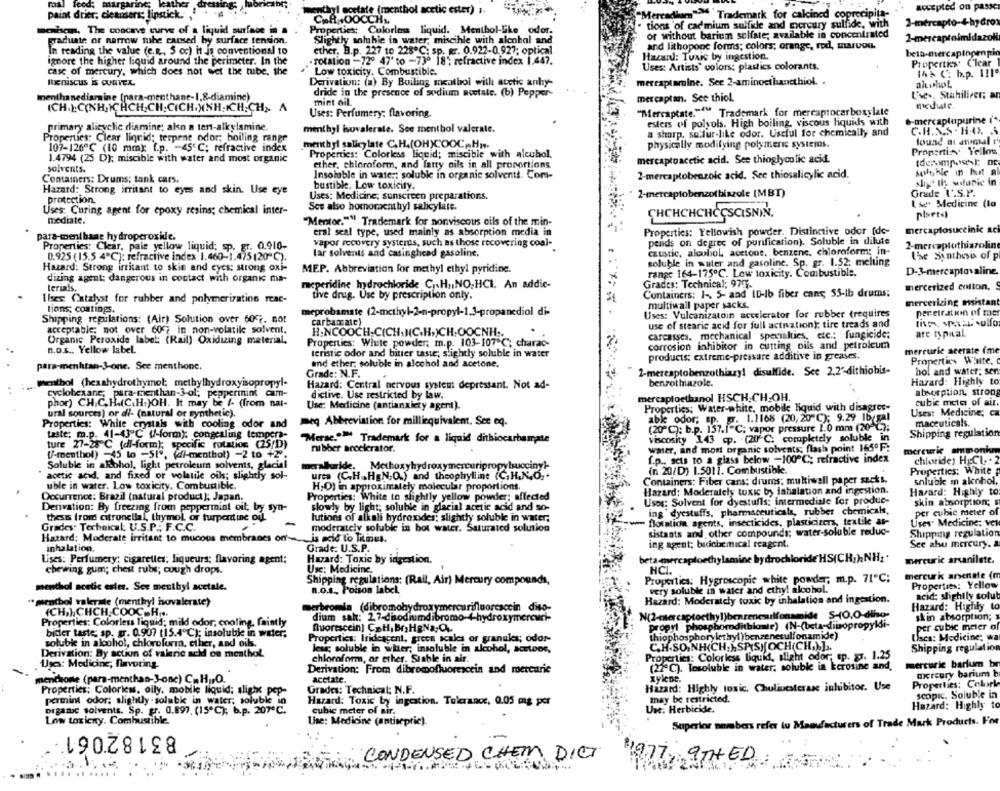
mall feed: margarine
accepted on passe
paint drier; cleansers; lipstick .,
menthyl acetate (menthol acetic ester) ..
"Mercadium"> Trademark for calcined coprecipita-
C.A +00CCH ..
tions 'of cadmium sulfile and mercury sulfide, with
2-mercapto-4-hydrox
meahan. The concave curve of a liquid surface in a
Properties: Colorless liquid. Menthol-Like odor.
or without barium sulfate; available in concentrated
graduate or narrow tube caused by surface tension.
Slightly soluble in water, miscible with alcohol and
2-mercaptaimidazoli
and lithoponc forms; colors; orange, rod, Barvou
In reading the value (c.R ., 5 cc) it is conventional to
ether, B.p. 227 to 228℃: sp. gr. 0.922-0.927; optical
Hazan: Toxic by ingestion.
bein-mercaplopenpio
ignore the higher liquid around the perimeter. In the
Tolation -72º 47' to -73º 18': refractive index 1,447.
Properties. Clear
case of mercury, which does not wet the tube, the
Low toxicity. Combustible.
Uses: Artists' colors: plastics colorants.
14% (: b.p. 111º
Meniscus & CURVEx
Derivation: (a) By Boiling menthol with acetic anhy-
mercaplamine. Sec 2-aminoethanethiol. .
altwhoL
dride in the presence of sodium acetate. (b) Pepper
Use .. Stahiliver: a
menthanedismine (para-menthane-1,8-diamine)
mint oil.
mercaptan. See thiol.
ICH.):C(NH ICHCH,CH; CICH.)NH.ICH; CH ,. A
"Mercaptate.""" Trademark for mercaptocarboxylale
Uses: Perfumery: flavoring.
6-mercaplupurine i"
primary alicyclic diamine; ako a tent-alkylamine.
esters of polyols. High boiling, viscous liquids with
menthyl isovalerale. See menthol valerale.
a sharp. sulfur-like odor. Useful for chemically and
C.H.S.S . H.O. &
Properties: Clear lignid; terpene odor: boiling range
lound an animal t'
107-126℃ (10 mm); f.p. - 45'C; refractive index
menthyl salicylate C.H.(OH)COOCHs.
physically modifying polymeric systems.
Properti :~ Yellow
1.4794 (25 D); miscible with water and most organic
Properties: Colorless liquid; miscible with alcubol.
mercaptoacetic acid. See thioglycolic acid.
ether, chloroform, and larry oils in all proportions
solvents.
Insoluble in water soluble in organic solvents. Com-
2-mercaptobenzoic acid. See thiosalicylic acid.
soluble in hut al
Containers: Drums; tank cars.
Hazard: Strong irritant to eyes and skin. Use eye
bustible, Low toxicity.
protection.
Uses: Medicine; sunscreen preparations.
2-mercaptobenzo(biszole (MBT)
Grade I'.S.P.
See also homomenthyl salicylate.
Lse. Medicine (la
Uses: Curing agent for epoxy resins; chemical inter-
plset.
mediate.
"Mentor."" Trademark for nonviscous oils of the min-
CHCHCHCHCCSCISNIN.
mercaplosuccinic aci
para-wentbane hydroperoxide.
eral seal type, used mainly as absorption media in
Properties: Yellowish powder. Distinctive odor (de-
Properties: Clear, pale yellow liquid; sp. gr. 0.910-
vapor recovery systeras, such as those recovering coal-
pends on degree of purification). Soluble in dilute
2-mercaplothiazoline
lar solvents and casinghead gasoline.
caustic, alcohol, acetone, benzene, chloroform; in-
0.925 (15.5 4℃): refraciive index 1,460-1.475(20℃).
soluble in water and gasoline. Sp. gr. 1.52: melting
the Synthesis of p
Hazard: Strong irritant to skin and cycs: strong oxi-
MEP. Abbreviation for methyl ethyl pyridine.
dizing agent: dangerous in contact with organic ma-
range 164-175℃. Low toxicity. Combustible.
D-3-mercaptovaline
meperidine hydrochloride C.HuINO, HCI. An addic-
Grades: Technical; 977.
mercerized cotton,
terials.
Containers: 1 -. 5- and 10-1b fiber cans; 55-ib drums;
Ilses Catalyst for rubber and polymerization reac-
tive drug. Use by prescription only.
mercerizing assistant
tions; coatings.
multiwall paper sacks.
meprobamate (2-methyl-2-n-propyl-1.3-propanediol di-
Uses: Vulcanizatoin accelerator for rubber (requires
pereiration of mer
Shipping regulations: (Air) Solution over 602. not
carbamate)
use of stearic acid for full activation); tire treads and
acceptable: not over 607 in non-volatile solvent.
H.NCOOCH-C(CH.)(C.H.)CH.OOCNH ..
are nypaal
Organic Peroxide label: (Rail) Oxidizing material.
carcasses. mechanical specialties, etc .: fungicide:
n.o.s ., Yellow label.
Properties: White powder; m.p. 103-107℃; charac-
corrosion inhibitor in cutting oils and petroleum
mercurie acerate (me
teristic odor and bitter taste; slightly soluble in water
products: extreme-pressare additive in greases.
and ether; soluble in alcohol and acetone.
Properties White,
para-menhtan-3-one. See menthone.
Grade: N.F.
2-meresplobenzothiazyl disulfide. See 2,2'-dithiohis-
hol and water; sen
Hazard: Highly to
menthol (hexahydrothymol: methylhydroxyisopropyl-
Hazard: Central nervous system depressant. Not ad-
benzothiazole.
cyclohexane; para-menthan-3-ol; peppermint cam-
dictive. Use restricted by law.
absorption; strong
phor) CH,C.H.(C.H.)OH. It may be /- (from nat-
mercaploethanol HSCH CH-OH.
cubic meta of air.
Use: Medicine (antianxiety agent).
Properties; Water-white, mobile Hquid with disagree-
ural sources) or di- (natural or synthetic).
2. 1.1168 (20, 20 ℃); 9.29 1b(gal
Uses: Medicine; ca
Properties: White crystals with cooling odor and
meq Abbreviation for milliequivalent. See eq.
(20℃): b.p. 157.1"℃; vapor pressure 1.0 mm (20℃);
maceuticals.
taste: m.p. 41-43"℃ (/-form); congealing tempera-
Shipping regulation
"Merac."" Trademark for a liquid dithiocarbamate
viscosity 143 cp. (20℃: completely soluble in
ture 27-28 ℃ (dl-form); specific rotation (25/D)
nibber accelerator.
water, and most organic solvents; flash point 165ºF:
mercurie ammonkm
{/-menthol) -45 to -51º, (di-menthol) -2 to +2".
f.p ., sets to a glass below -100 ℃; refractive index
chloride, HECL, . 2
Soluble in altohol, light petroleum solvents, glacial
meraburide. Methoxyhydroxymercuripropylsuccinyl-
acetic acid, and fixed or volatile oils; slightly sol-
urta (C.H .. HEN.O.) and theophylline (C,H.N.O .-
(n 20/D) 1.5011. Combustible.
Properties: White
Containers: Fiber cans: drums; multiwall paper sacks.
snluck in alcohol,
uble in water. Low toxicity. Combustible.
H;O) in approximately molecular proportions.
Hazard: Moderately toxic by inhalation and ingestion.
Occurrence: Brazil (natural product); Japan.
Properties: White to slightly yellow powder; affected
Havard: Highly to
Derivation: By freezing from peppermint oil; by syn-
slowly by light; soluble in glacial acetic acid and so-
Usos: Solvent for dyestufls: intermediate for produe-
skin absorption; s
ing dyestuffs, pharmaceuticals, rubber chemicals,
per cubic meter of
thesis from citronellal, thymol, or turpentine ou.
lutions of alkali hydroxides; slightly soluble in water;
vom flotation agents, insecticides, plasticizers, textile at-
Uses. Medicine: vet
Grades: Technical; U.S.P .: F.C.C.
moderately soluble in hot water. Saturated solution
sistants and other compounds; water-soluble reduc-
Hazard: Moderate irritant to mucous membranes on'- is acid to litmus.
Shipping regulation
Grade: U.S.P.
ing agent; bedichemical reagent.
See also mercury. a
inhalation.
Lises: Perfumery; cigarettes; liqueurs; flavoring agent:
Hazard: Taxic by ingestion.
beta-mercaploethylamine hydrochloride HS(CH,);NH:'
mercuric arsanilate.
chewing gum; chest rubs; cough drops.
Usc: Medicine,
HCI.
mercurk arsenale (m
Shipping regulations: (Rail, Air) Mercury compounds,
Properties: Hygroscopic white powder; m.p. 71℃;
Properties: Yellow
menthol acetic estes. See menthyl acetale.
n.o.s. Poison label
very soluble in water and ethyl alcohol."
"menthol valerate (menthyl hovalerste)
Hazard: Moderately toxic by inhalation and ingestion.
acid: shphily solub
merbromia (dibromohydroxymercurifluorescein diso-
Hazard: Highly to
(CH,), CHCH.COOCH ...
dium sak: 27-disodiumdibromo-4-hydroxymercuri-
skin absorption;
Properties: Colorless liquid; mild odor, cooling, faintly
propyl phosphorditbioale) (N-(beta-diisopropyldi-
per cubic meter af
biter taste; sp. gr. 0.907 (15.4℃); insoluble in water;
fluorescein] CaH, Br,HaNa,C.
Propertics: Iridescent, green scales or granules; odor-
thiophosphorylethyl )benzenesulfonamide)
Lisca: Medicine; wa
soluble in alcohol, chloroform, eller, and bik.
les; soluble in wer; insoluble in alcohol, acetoos,
C.H.SO.NH(CH. ).SPIS)(OCH(CH.),].
Shipping regulation
Derivation: By action of valerie acid oe menthol.
chloroform, ar ether. Stable in air.
Properties: Colorless liquid, slight odor; sp. Er. 1.25
Uses: Medicine; flavoring.
mercaric barium br
Derivation: From dibromofluorescein and mercaric
(22 ℃). Tosoluble in water; soluble in kerosine and,
mercury barium b
mencione (para-menthan-3-onc) C.H .O.
acetate.
xylene.
Hazard: Highly toxic. Chulivesterase inhibitor. Use
Properties: Colork
Properties: Colories, olly, mobile liquid; slight pop-
Grades: Technical; N.F.
scopic. Soluble in
pamint odor; slightly soluble in water, solubk in
Hazard: Toxic by ingestion. Tolerance, 0.05 mg per
may be restricted.
Hazard: Highly to
Digamc solvents. Sp. gr. 0.897, (15ºC); b.p. 207ºC.
cubic meter of air.
Une. Herbicide,
Low toxicity. Combustible
Superior members refer tu Manufacturers of Trade Mark Products. For
83182061
Use: Medicine (antiseptic).
: CONDENSED CHEM DIGT
1977, 9THED